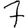
Digit: 7